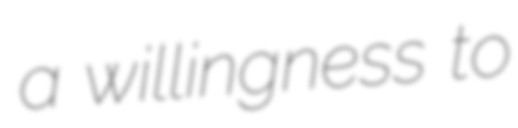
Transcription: a willingness to